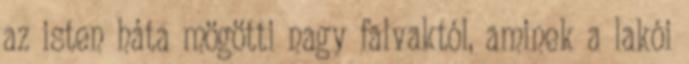
az isten háta mögötti nagy falvaktól, aminek a lakói